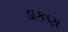
ડાકણ